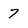
Character: 7